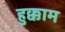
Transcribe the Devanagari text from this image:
हुक्काम